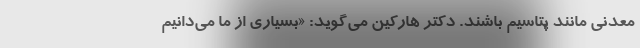
معدنی مانند پتاسیم باشند. دکتر هارکین می‌گوید: «بسیاری از ما می‌دانیم